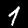
Label: 1